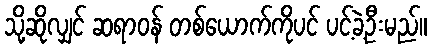
သို့ဆိုလျှင် ဆရာဝန် တစ်ယောက်ကိုပင် ပင့်ခဲ့ဦးမည်။